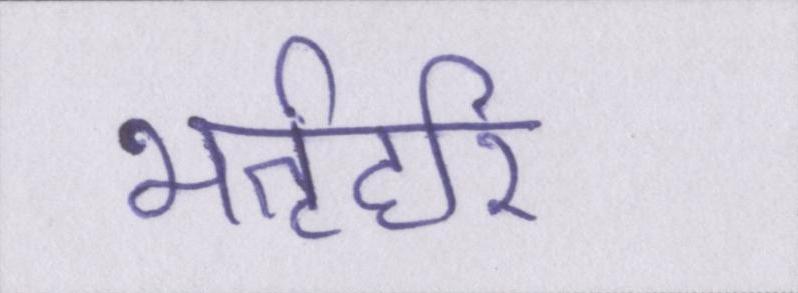
भर्तृहरि